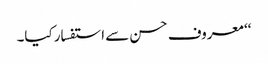
‘‘ معروف حسن سے استفسار کیا۔